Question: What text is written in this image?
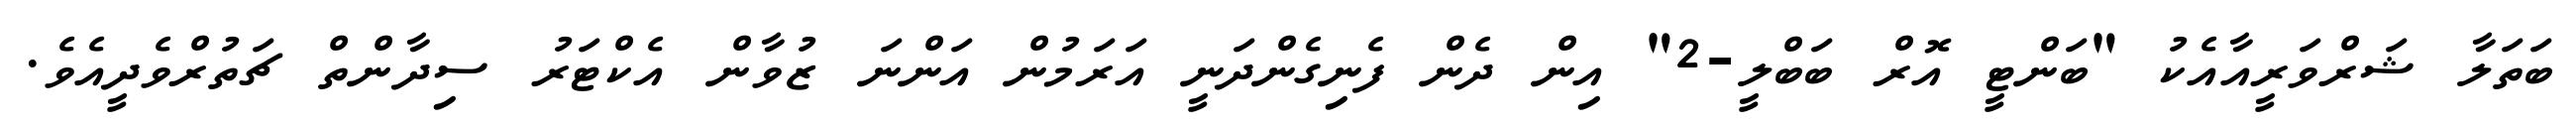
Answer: ބަތަލާ ޝަރްވަރީއާއެކު "ބަންޓީ އޮރް ބަބްލީ-2" އިން ދެން ފެނިގެންދަނީ އަރަމުން އަންނަ ޒުވާން އެކްޓަރު ސިދާންތް ޗަތުރްވެދީއެވެ.